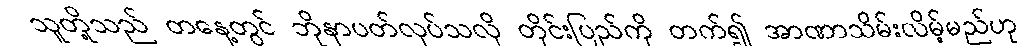
သူတို့သည် တနေ့တွင် ဘိုနာပတ်လုပ်သလို တိုင်းပြည်ကို တက်၍ အာဏာသိမ်းလိမ့်မည်ဟု